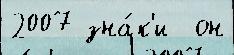
2007 зна́к'и  он